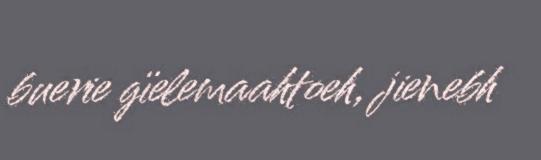
buerie gïelemaahtoeh, jienebh